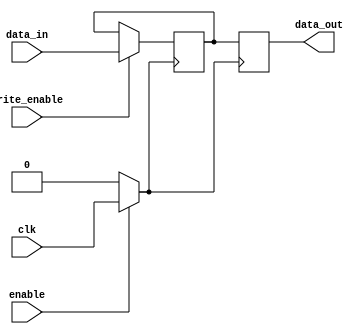
module memory_block (
    input wire clk,          // Original clock signal
    input wire enable,       // Enable signal for clock gating
    input wire [7:0] data_in, // Data input for the memory
    input wire write_enable, // Write enable signal
    output reg [7:0] data_out // Data output from the memory
);
    // Memory array (example: 256 x 8-bit memory)
    reg [7:0] memory_array [0:255];

    // Gated clock signal
    wire gated_clk;

    // Clock gating logic
    assign gated_clk = enable ? clk : 1'b0;

    // Memory operation based on gated clock
    always @(posedge gated_clk) begin
        if (write_enable) begin
            // Write data to memory when enabled
            memory_array[0] <= data_in; // Example: writing to address 0
        end
        // Read data from memory when enabled
        data_out <= memory_array[0]; // Example: reading from address 0
    end

endmodule